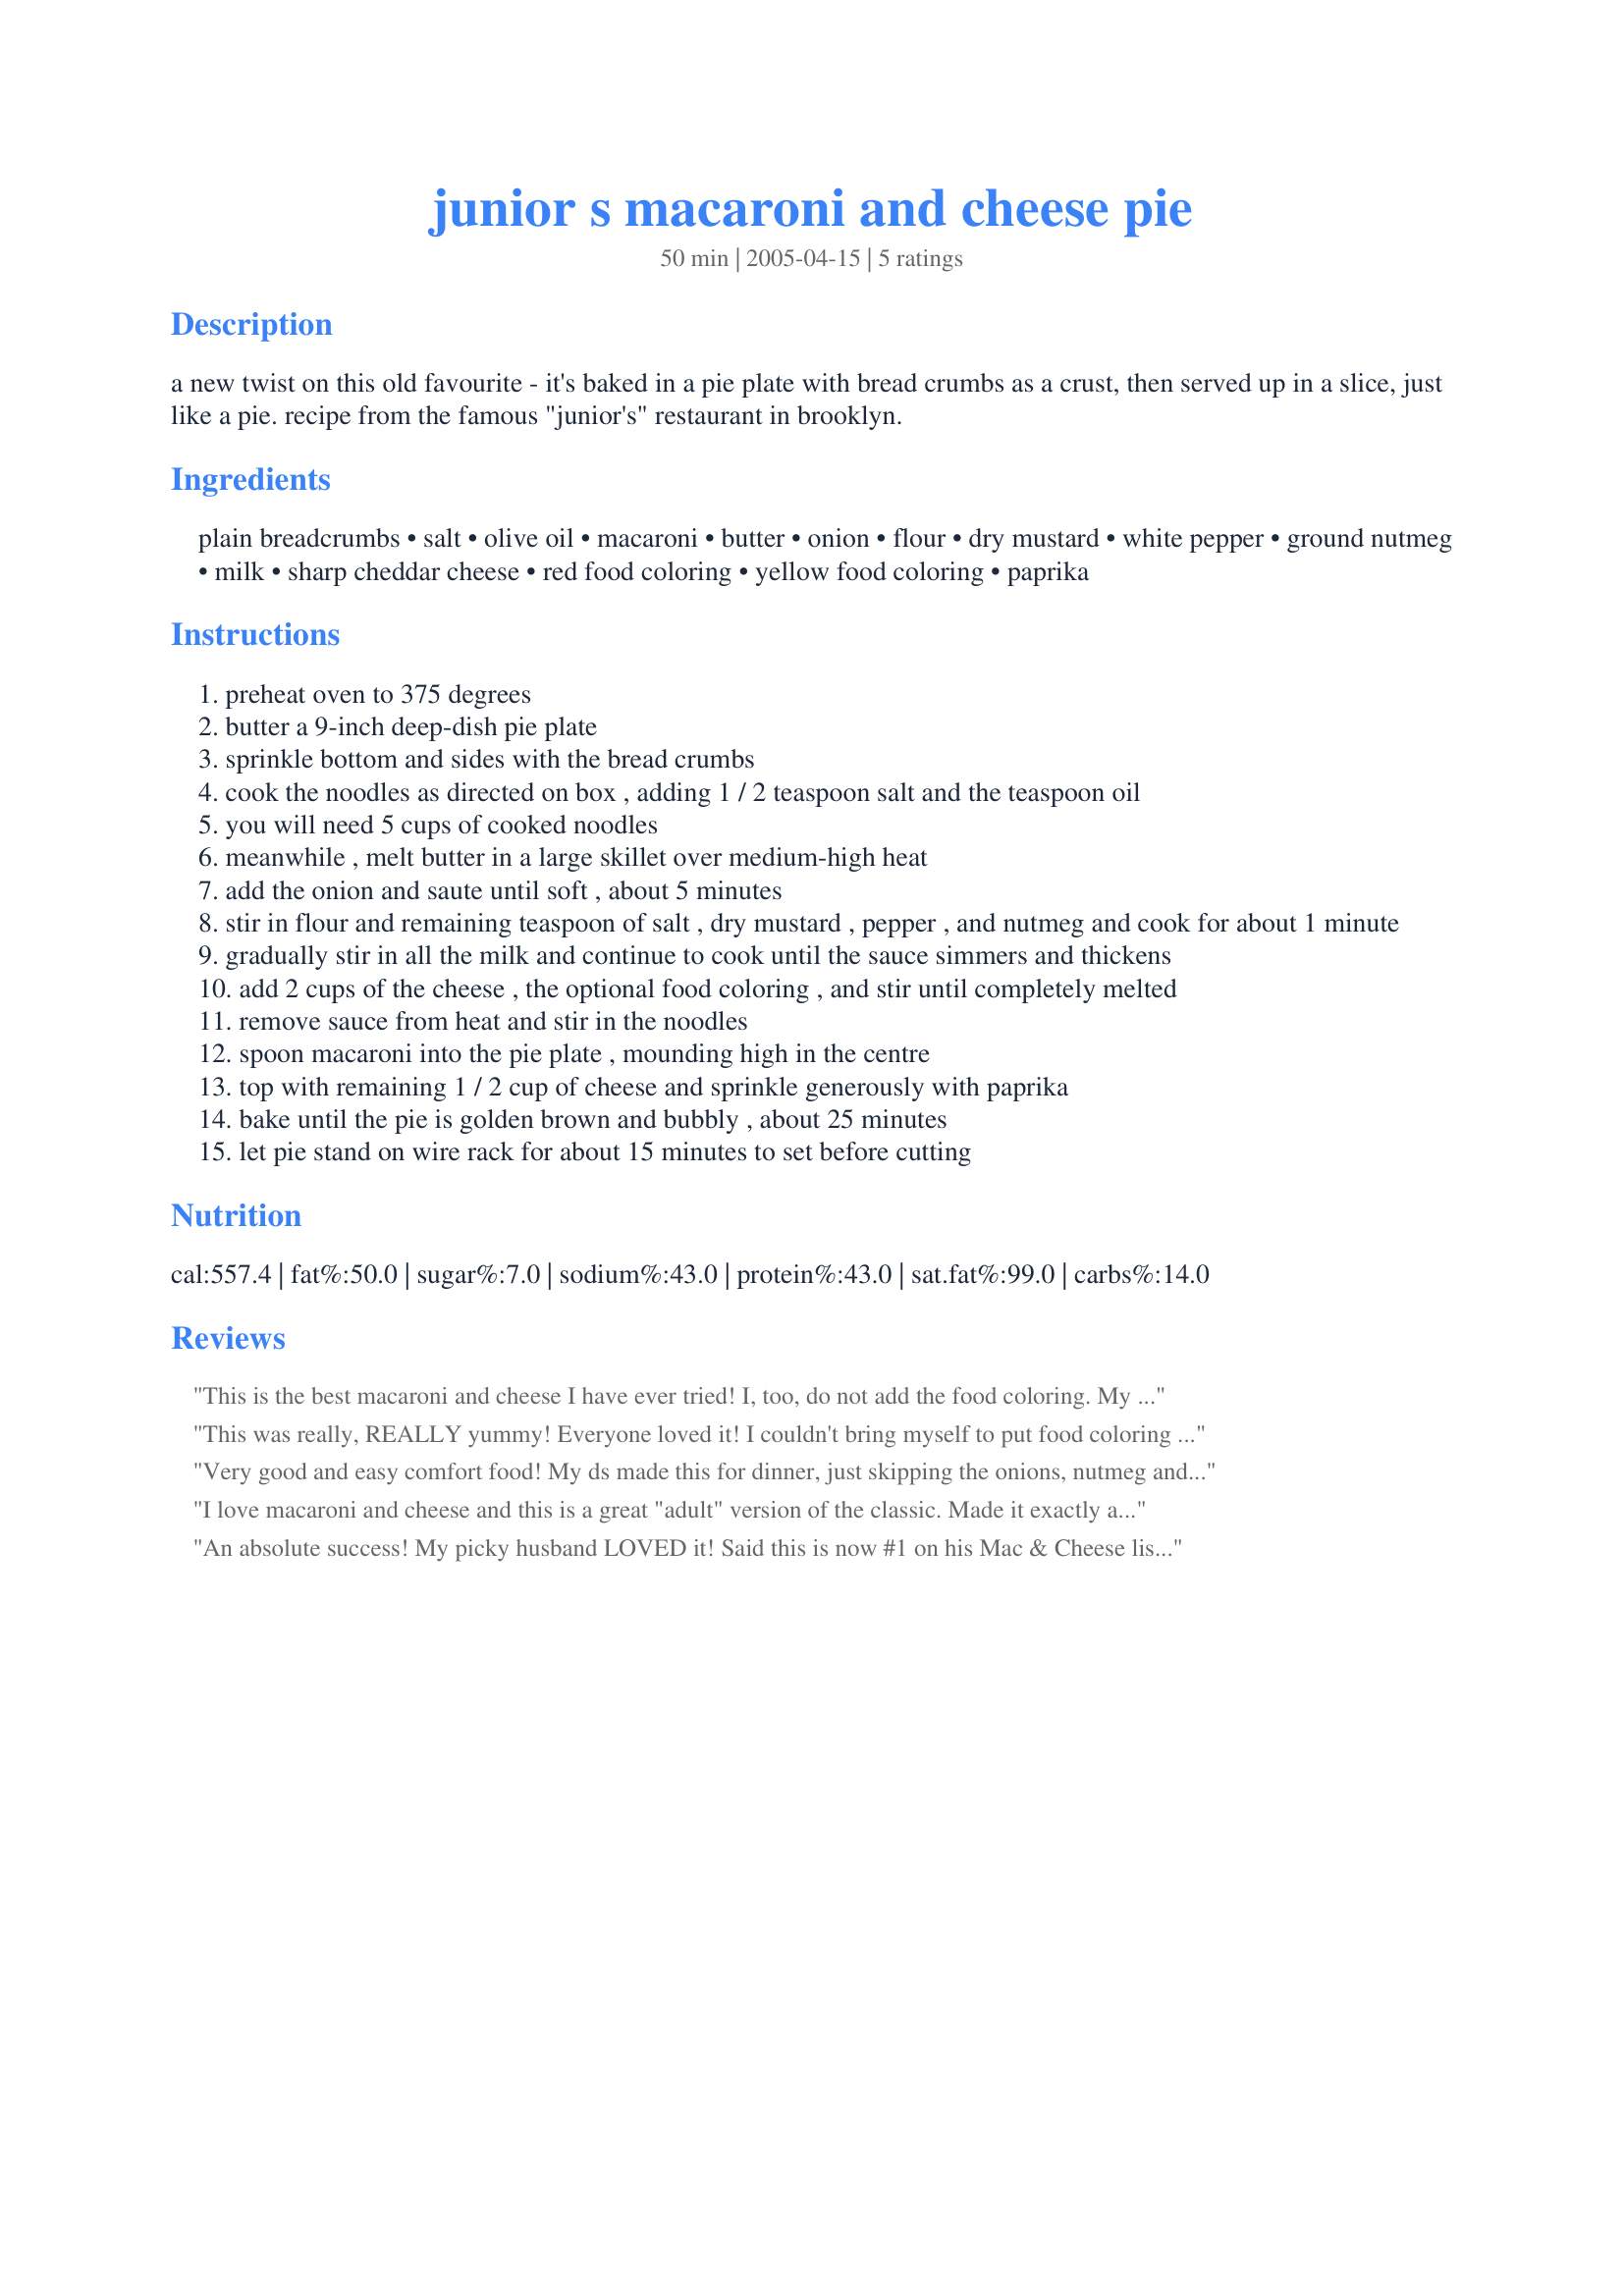
junior s macaroni and cheese pie
Preparation time: 50 minutes

a new twist on this old favourite - it's baked in a pie plate with bread crumbs as a crust, then served up in a slice, just like a pie. recipe from the famous "junior's" restaurant in brooklyn.

Ingredients:
plain breadcrumbs, salt, olive oil, macaroni, butter, onion, flour, dry mustard, white pepper, ground nutmeg, milk, sharp cheddar cheese, red food coloring, yellow food coloring, paprika

Steps:
preheat oven to 375 degrees
butter a 9-inch deep-dish pie plate
sprinkle bottom and sides with the bread crumbs
cook the noodles as directed on box , adding 1 / 2 teaspoon salt and the teaspoon oil
you will need 5 cups of cooked noodles
meanwhile , melt butter in a large skillet over medium-high heat
add the onion and saute until soft , about 5 minutes
stir in flour and remaining teaspoon of salt , dry mustard , pepper , and nutmeg and cook for about 1 minute
gradually stir in all the milk and continue to cook until the sauce simmers and thickens
add 2 cups of the cheese , the optional food coloring , and stir until completely melted
remove sauce from heat and stir in the noodles
spoon macaroni into the pie plate , mounding high in the centre
top with remaining 1 / 2 cup of cheese and sprinkle generously with paprika
bake until the pie is golden brown and bubbly , about 25 minutes
let pie stand on wire rack for about 15 minutes to set before cutting

Reviews:
This is the best macaroni and cheese I have ever tried! I, too, do not add the food coloring. My picky children, who are strictly "blue box" kids, love this recipe and ask for seconds!! Thank you!
This was really, REALLY yummy! Everyone loved it! I couldn't bring myself to put food coloring in a mac and cheese dinner (really do you do this?) But otherwise, followed the recipe to a t. Thanks for posting this variation of an old favorite! Also, loved "slicing" it like a pie and leftovers were eaten 50% more than the normal mac and cheese.
Very good and easy comfort food! My ds made this for dinner, just skipping the onions, nutmeg and food coloring for a delicious meal we all enjoyed. Thanks for sharing this keeper.
I love macaroni and cheese and this is a great "adult" version of the classic. Made it exactly as posted minus the food coloring. Thanks!!
An absolute success! My picky husband LOVED it! Said this is now #1 on his Mac & Cheese list. :) I'll definitely be making this again. It's also very easy. I only omitted the onion and food coloring. Thanks, Roxy!!
